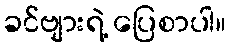
ခင်ဗျားရဲ့ ပြေစာပါ။